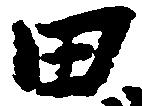
田